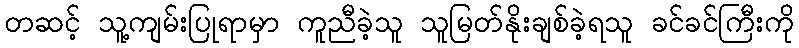
တဆင့် သူ့ကျမ်းပြုရာမှာ ကူညီခဲ့သူ သူမြတ်နိုးချစ်ခဲ့ရသူ ခင်ခင်ကြီးကို